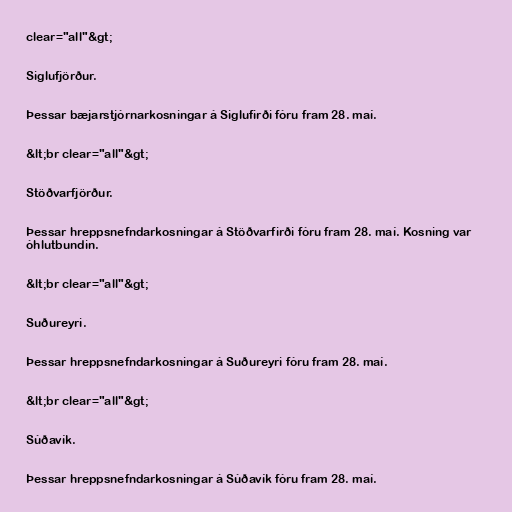
clear="all"&gt;

Siglufjörður.

Þessar bæjarstjórnarkosningar á Siglufirði fóru fram 28. maí.

&lt;br clear="all"&gt;

Stöðvarfjörður.

Þessar hreppsnefndarkosningar á Stöðvarfirði fóru fram 28. maí. Kosning var
óhlutbundin.

&lt;br clear="all"&gt;

Suðureyri.

Þessar hreppsnefndarkosningar á Suðureyri fóru fram 28. maí.

&lt;br clear="all"&gt;

Súðavík.

Þessar hreppsnefndarkosningar á Súðavík fóru fram 28. maí.